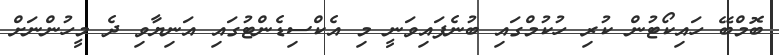
ބޮމްބޭ ހައިކޯޓުން ކުރި ހުކުމްގައި ބުނެފައިވަނީ މި އެކްސިޑެންޓުގައި އަނިޔާވި ދެ މީހުންނަށް